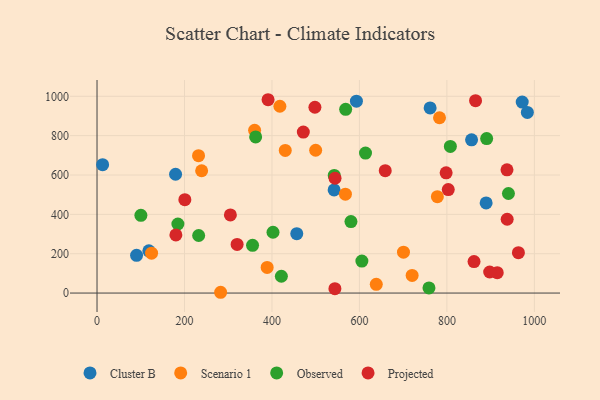
{"axis": {"x": "Distance", "y": "Yield"}, "legend": ["Cluster B", "Observed", "Projected", "Scenario 1"], "data": [{"x": "118.5", "y": 214.7, "type": "Cluster B"}, {"x": "12.8", "y": 652.3, "type": "Cluster B"}, {"x": "856.4", "y": 778.7, "type": "Cluster B"}, {"x": "889.7", "y": 457.9, "type": "Cluster B"}, {"x": "593.1", "y": 975.3, "type": "Cluster B"}, {"x": "761.6", "y": 941.1, "type": "Cluster B"}, {"x": "972.2", "y": 970.7, "type": "Cluster B"}, {"x": "456.7", "y": 301.7, "type": "Cluster B"}, {"x": "984.0", "y": 918.2, "type": "Cluster B"}, {"x": "542.1", "y": 524.0, "type": "Cluster B"}, {"x": "179.6", "y": 603.8, "type": "Cluster B"}, {"x": "90.4", "y": 191.7, "type": "Cluster B"}, {"x": "567.9", "y": 502.4, "type": "Scenario 1"}, {"x": "778.2", "y": 490.1, "type": "Scenario 1"}, {"x": "360.3", "y": 827.4, "type": "Scenario 1"}, {"x": "282.6", "y": 4.0, "type": "Scenario 1"}, {"x": "418.1", "y": 949.5, "type": "Scenario 1"}, {"x": "232.1", "y": 698.1, "type": "Scenario 1"}, {"x": "239.2", "y": 621.6, "type": "Scenario 1"}, {"x": "389.0", "y": 130.2, "type": "Scenario 1"}, {"x": "638.5", "y": 44.6, "type": "Scenario 1"}, {"x": "124.7", "y": 202.6, "type": "Scenario 1"}, {"x": "430.4", "y": 724.9, "type": "Scenario 1"}, {"x": "499.9", "y": 725.9, "type": "Scenario 1"}, {"x": "783.1", "y": 891.0, "type": "Scenario 1"}, {"x": "720.5", "y": 89.6, "type": "Scenario 1"}, {"x": "700.7", "y": 207.9, "type": "Scenario 1"}, {"x": "355.6", "y": 242.6, "type": "Observed"}, {"x": "402.4", "y": 309.1, "type": "Observed"}, {"x": "100.3", "y": 395.2, "type": "Observed"}, {"x": "580.6", "y": 363.2, "type": "Observed"}, {"x": "362.7", "y": 793.5, "type": "Observed"}, {"x": "542.4", "y": 597.9, "type": "Observed"}, {"x": "613.9", "y": 711.6, "type": "Observed"}, {"x": "940.7", "y": 505.9, "type": "Observed"}, {"x": "890.9", "y": 785.1, "type": "Observed"}, {"x": "568.5", "y": 933.7, "type": "Observed"}, {"x": "759.0", "y": 26.0, "type": "Observed"}, {"x": "184.9", "y": 351.1, "type": "Observed"}, {"x": "232.4", "y": 292.5, "type": "Observed"}, {"x": "605.6", "y": 162.7, "type": "Observed"}, {"x": "421.5", "y": 85.4, "type": "Observed"}, {"x": "807.9", "y": 745.4, "type": "Observed"}, {"x": "498.2", "y": 944.4, "type": "Projected"}, {"x": "471.7", "y": 818.0, "type": "Projected"}, {"x": "200.8", "y": 474.7, "type": "Projected"}, {"x": "180.3", "y": 295.4, "type": "Projected"}, {"x": "915.1", "y": 103.8, "type": "Projected"}, {"x": "862.0", "y": 160.0, "type": "Projected"}, {"x": "963.5", "y": 205.1, "type": "Projected"}, {"x": "391.1", "y": 982.6, "type": "Projected"}, {"x": "897.8", "y": 107.1, "type": "Projected"}, {"x": "798.2", "y": 611.1, "type": "Projected"}, {"x": "865.5", "y": 977.7, "type": "Projected"}, {"x": "937.4", "y": 626.2, "type": "Projected"}, {"x": "544.2", "y": 583.4, "type": "Projected"}, {"x": "659.0", "y": 622.2, "type": "Projected"}, {"x": "304.9", "y": 397.0, "type": "Projected"}, {"x": "543.9", "y": 22.2, "type": "Projected"}, {"x": "320.3", "y": 247.3, "type": "Projected"}, {"x": "937.8", "y": 375.2, "type": "Projected"}, {"x": "803.1", "y": 526.2, "type": "Projected"}]}